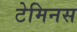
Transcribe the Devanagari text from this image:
टेमिनस